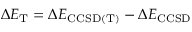
\Delta E _ { \mathrm { T } } = \Delta E _ { \mathrm { C C S D ( T ) } } - \Delta E _ { \mathrm { C C S D } }